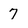
Character: 7